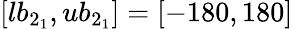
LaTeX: [lb_{2_{1}},ub_{2_{1}}]=[-180,180]